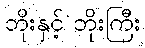
ဘိုးနှင့် ဘိုးကြီး